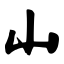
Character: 山